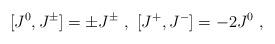
LaTeX: \begin{align*}[J^0,J^{\pm}]=\pm J^{\pm}\ ,\ [J^+,J^-]=-2J^0\ ,\end{align*}